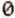
0